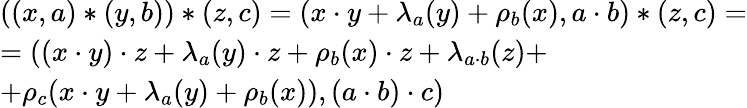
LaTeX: \begin{array}{l}{((x,a)*(y,b))*(z,c)=(x\cdot y+\lambda_{a}(y)+\rho_{b}(x),a\cdot b)*(z,c)=}\\ {=((x\cdot y)\cdot z+\lambda_{a}(y)\cdot z+\rho_{b}(x)\cdot z+\lambda_{a\cdot b}(z)+}\\ {+\rho_{c}(x\cdot y+\lambda_{a}(y)+\rho_{b}(x)),(a\cdot b)\cdot c)}\end{array}